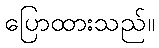
ပြောထားသည်။